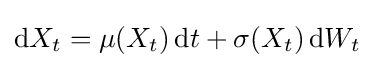
\mathrm {d} X_{t}=\mu (X_{t})\,\mathrm {d} t+\sigma (X_{t})\,\mathrm {d} W_{t}